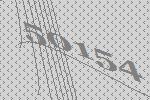
50154